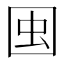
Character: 𱕺